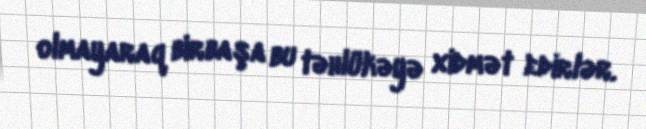
olmayaraq birbaşa bu təhlükəyə xidmət edirlər.